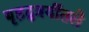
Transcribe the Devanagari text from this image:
बृहद्त्रयींतले